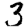
Digit: 3